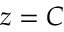
z = C